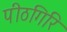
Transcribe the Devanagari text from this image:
पीठगिरि